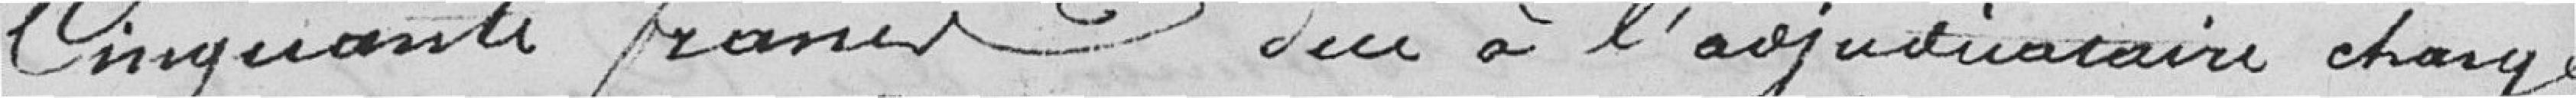
cinquante francs dû à l'adjudicataire chargé